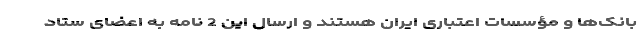
بانک‌ها و مؤسسات اعتباری ایران هستند و ارسال این 2 نامه به اعضای ستاد